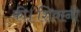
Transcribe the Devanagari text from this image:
की।शिवानी